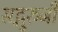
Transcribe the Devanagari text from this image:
सद्गुरुजी